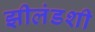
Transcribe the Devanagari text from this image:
झीलंडशी